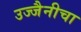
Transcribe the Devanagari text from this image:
उज्जैनीचा